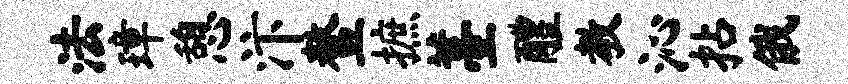
法璋憩汴鳌摭薹醴教沁拈俄